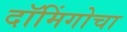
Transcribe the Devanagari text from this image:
दॉमिंगोचा